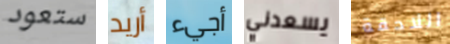
ستعود أريد أجيء يسعدني اللاحقة